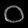
Digit: ၀